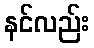
နင်လည်း